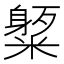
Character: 𥼒